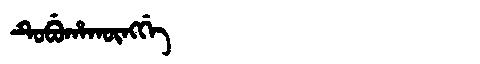
Manchu: ᡨᡠᠪᡠᡥᠠᡴᡡᠩᡤᡝ
Romanization: TUBUHAKŪNGGE